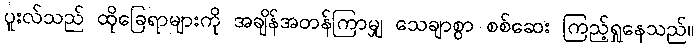
ပူးလ်သည် ထိုခြေရာများကို အချိန်အတန်ကြာမျှ သေချာစွာ စစ်ဆေး ကြည့်ရှုနေသည်။